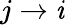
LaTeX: j\rightarrow\mathit{i}